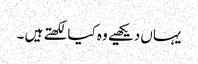
یہاں دیکھیے وہ کیا لکھتے ہیں ۔